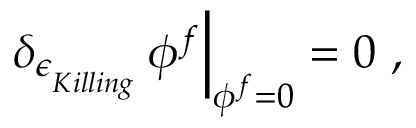
\left. \delta _ { \epsilon _ { \phantom { } _ { { K i l l i n g } } } } \, \phi ^ { f } \right| _ { \phi ^ { f } = 0 } = 0 \ ,